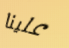
علينا